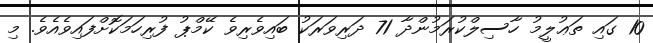
10 ގައި ތަޢުލީމު ހާސިލްކުރަމުންދާ 71 ދަރިވަރަކު ބައިވެރިވެ ކޭމްޕު ފުރިހަމަކޮށްފައިވެއެވެ. މި